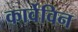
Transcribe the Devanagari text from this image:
कार्वेविन